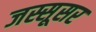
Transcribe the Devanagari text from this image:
जस्सूसर